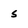
Character: s